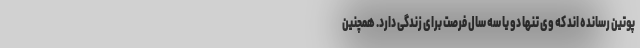
پوتین رسانده اند که وی تنها دو یا سه سال فرصت برای زندگی دارد. همچنین